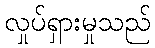
လှုပ်ရှားမှုသည်